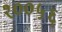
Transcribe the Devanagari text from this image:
१००५६